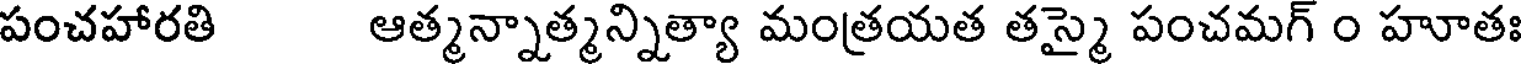
పంచహారతి ఆత్మన్నాత్మన్నిత్యా మంత్రయత తస్మై పంచమగ్ ౦ హూతః